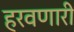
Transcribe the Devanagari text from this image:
हरवणारी